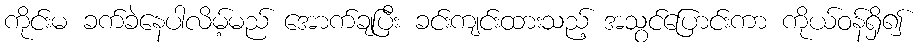
ကိုင်းမ ခက်ခဲနေပါလိမ့်မည် အောက်ချပြီး ခင်းကျင်းထားသည့် အသွင်ပြောင်းကာ ကိုယ်ဝန်ရှိ၍